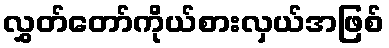
လွှတ်တော်ကိုယ်စားလှယ်အဖြစ်